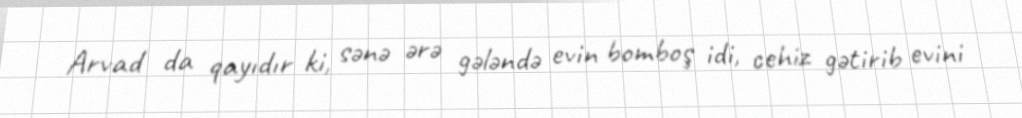
Arvad da qayıdır ki, sənə ərə gələndə evin bomboş idi, cehiz gətirib evini